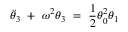
\Ddot { \theta } _ { 3 } \ + \ \omega ^ { 2 } \theta _ { 3 } \ = \ \frac { 1 } { 2 } \theta _ { 0 } ^ { 2 } \theta _ { 1 }